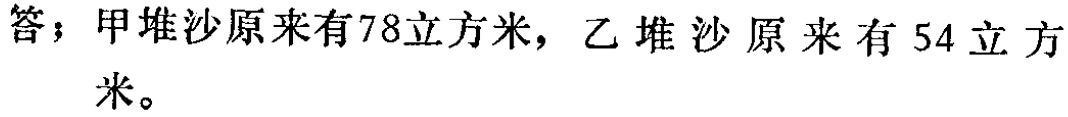
答；甲堆沙原来有78立方米，乙堆沙原来有54立方米。